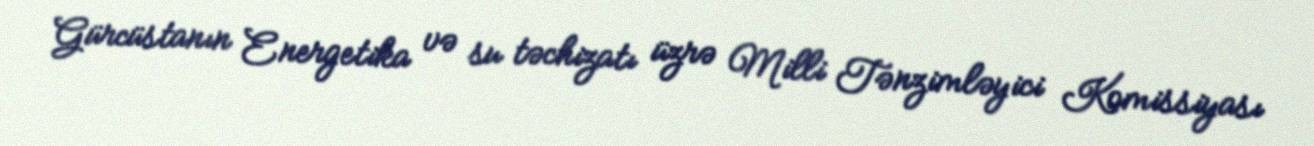
Gürcüstanın Energetika və su təchizatı üzrə Milli Tənzimləyici Komissiyası